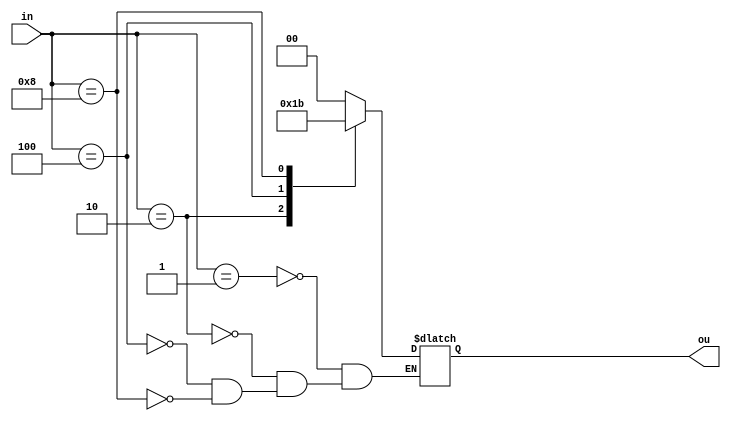
module enc(in,ou);
    input [3:0] in;
    output [1:0] ou;
    reg [1:0] ou;

    always@(*)
    begin
    case(in)
        4'b0001:
            ou = 2'b00;

	    4'b0010:
            ou = 2'b01;

        4'b0100:
            ou = 2'b10;

        4'b1000:
            ou = 2'b11;
    endcase
    end 
endmodule

module test;
    reg [3:0] inline;
    wire [1:0] oline;
    enc e(inline,oline);

    initial
    begin
    $display("input and output show");
    $monitor("%b,%b,%b,%b,%b,%b",inline[3],inline[2],inline[1],inline[0],oline[1],oline[0]);
    $dumpfile("vcd/Encoder.vcd");
    $dumpvars(1,test);

        inline=4'b0001;
        #10
        inline=4'b0010;
        #10
        inline = 4'b0100;
        #10
        inline = 4'b1000;
        #10

    $finish;
    end 
endmodule